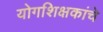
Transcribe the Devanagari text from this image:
योगशिक्षकांचे